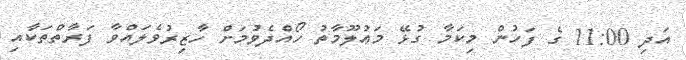
އަދި 11:00 ގެ ފަހުން މިކަމާ ގުޅޭ މަޢުލޫމާތު ހޯއްދެވުމަށް ހާޒިރުވެލައްވާ ފަރާތްތަކާއި